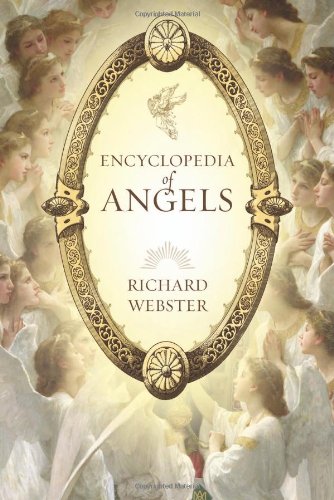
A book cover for Encyclopedia of Angels; Richard Webster; Religion & Spirituality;